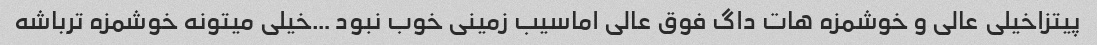
پیتزاخیلی عالی و خوشمزه هات داگ فوق عالی اماسیب زمینی خوب نبود …خیلی میتونه خوشمزه ترباشه